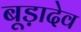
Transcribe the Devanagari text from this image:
बूड़ादेव